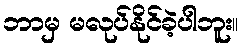
ဘာမှ မလုပ်နိုင်ခဲ့ပါဘူး။